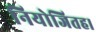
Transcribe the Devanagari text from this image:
नियोजितह।